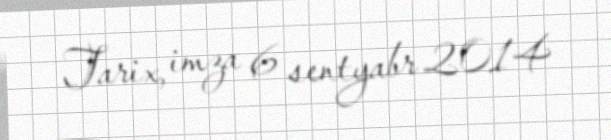
Tarix, imza 6 sentyabr 2014